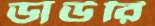
ডাউরি